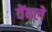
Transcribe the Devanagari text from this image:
वेंबले